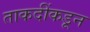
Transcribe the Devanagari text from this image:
ताकदींकडून